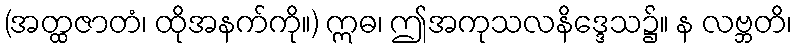
(အတ္ထဇာတံ၊ ထိုအနက်ကို။) ဣဓ၊ ဤအကုသလနိဒ္ဒေသ၌။ န လဗ္ဘတိ၊